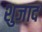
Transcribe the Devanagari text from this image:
शुजाद